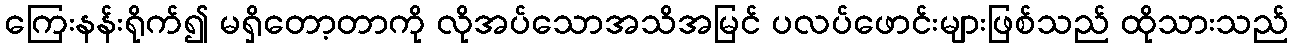
ကြေးနန်းရိုက်၍ မရှိတော့တာကို လိုအပ်သောအသိအမြင် ပလပ်ဖောင်းများဖြစ်သည် ထိုသားသည်